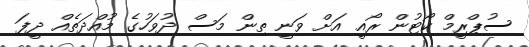
ސުޕްރީމް ކޯޓުން ރޯއީ އަށް ވަނީ ތިން މަސް ދުވަހުގެ މުއްދަތެއް ދީފަ